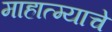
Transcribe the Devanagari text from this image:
माहात्म्याचे